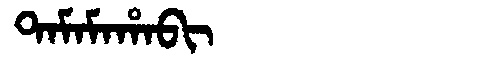
Manchu: ᡨᠠᠮᠠᠮᠠᡥᠠᠪᡳ
Romanization: TAMAMAHABI